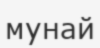
мунай